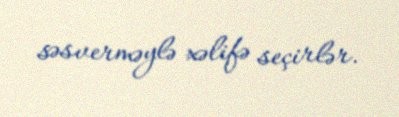
səsverməylə xəlifə seçirlər.